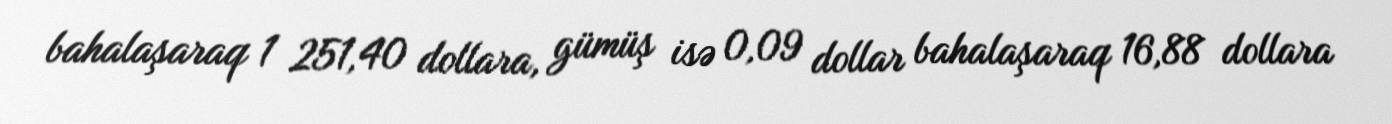
bahalaşaraq 1 251,40 dollara, gümüş isə 0,09 dollar bahalaşaraq 16,88 dollara